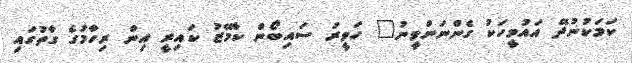
ކަމަކުނުދޭ އައުމީހަކު ގެންނަންވީނު" ހަވީރު ސައިބޯން ކާމޭޒު ކައިރީ އިން ރިހާމުގެ ގާތުގައި